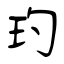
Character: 玓